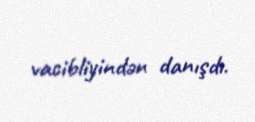
vacibliyindən danışdı.